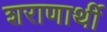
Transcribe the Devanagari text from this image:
शराणार्थी